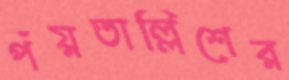
পঁয়তাল্লিশের